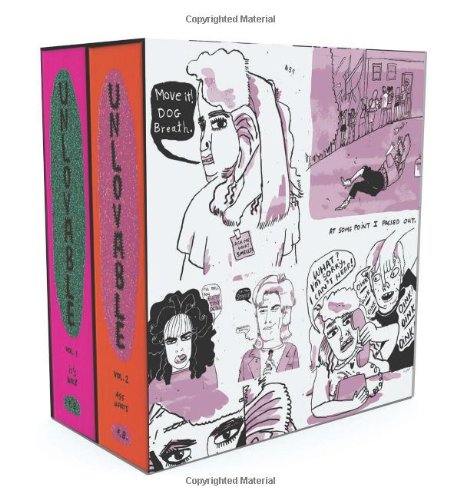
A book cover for Unlovable: The Complete Collection (Slipcased edition)  (Vol. 1-2)  (Unloveable); Esther Pearl Watson; Comics & Graphic Novels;